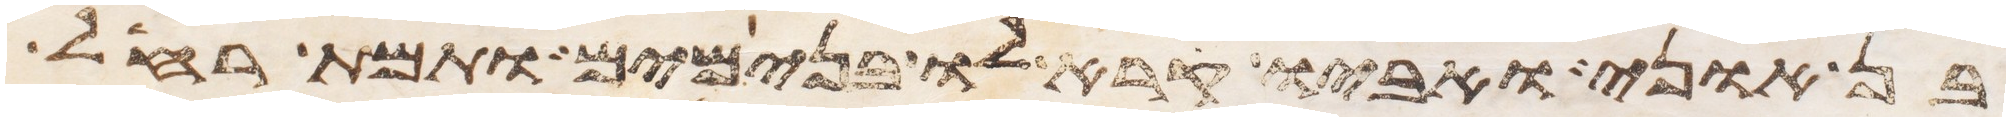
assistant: בן אוני ואביו קרא לו בנימים ותמת רחל